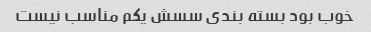
خوب بود بسته بندی سسش یکم‌ مناسب نیست